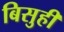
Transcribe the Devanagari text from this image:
बिसुही